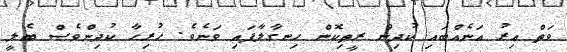
ވަތް އިރު އަނެއްބައި ކުދިން ރީތިކޮން ހިނގާލާފައި ވަނެވެ. ހުރިހާ ކުދިންވެސް ބެލީ